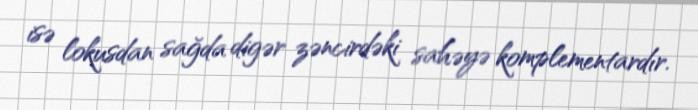
isə lokusdan sağda digər zəncirdəki sahəyə komplementardır.